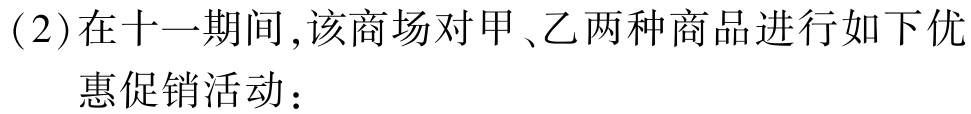
(2)在十一期间,该商场对甲、乙两种商品进行如下优惠促销活动：